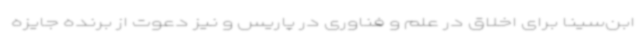
ابن‌سینا برای اخلاق در علم و فناوری در پاریس و نیز دعوت از برنده جایزه